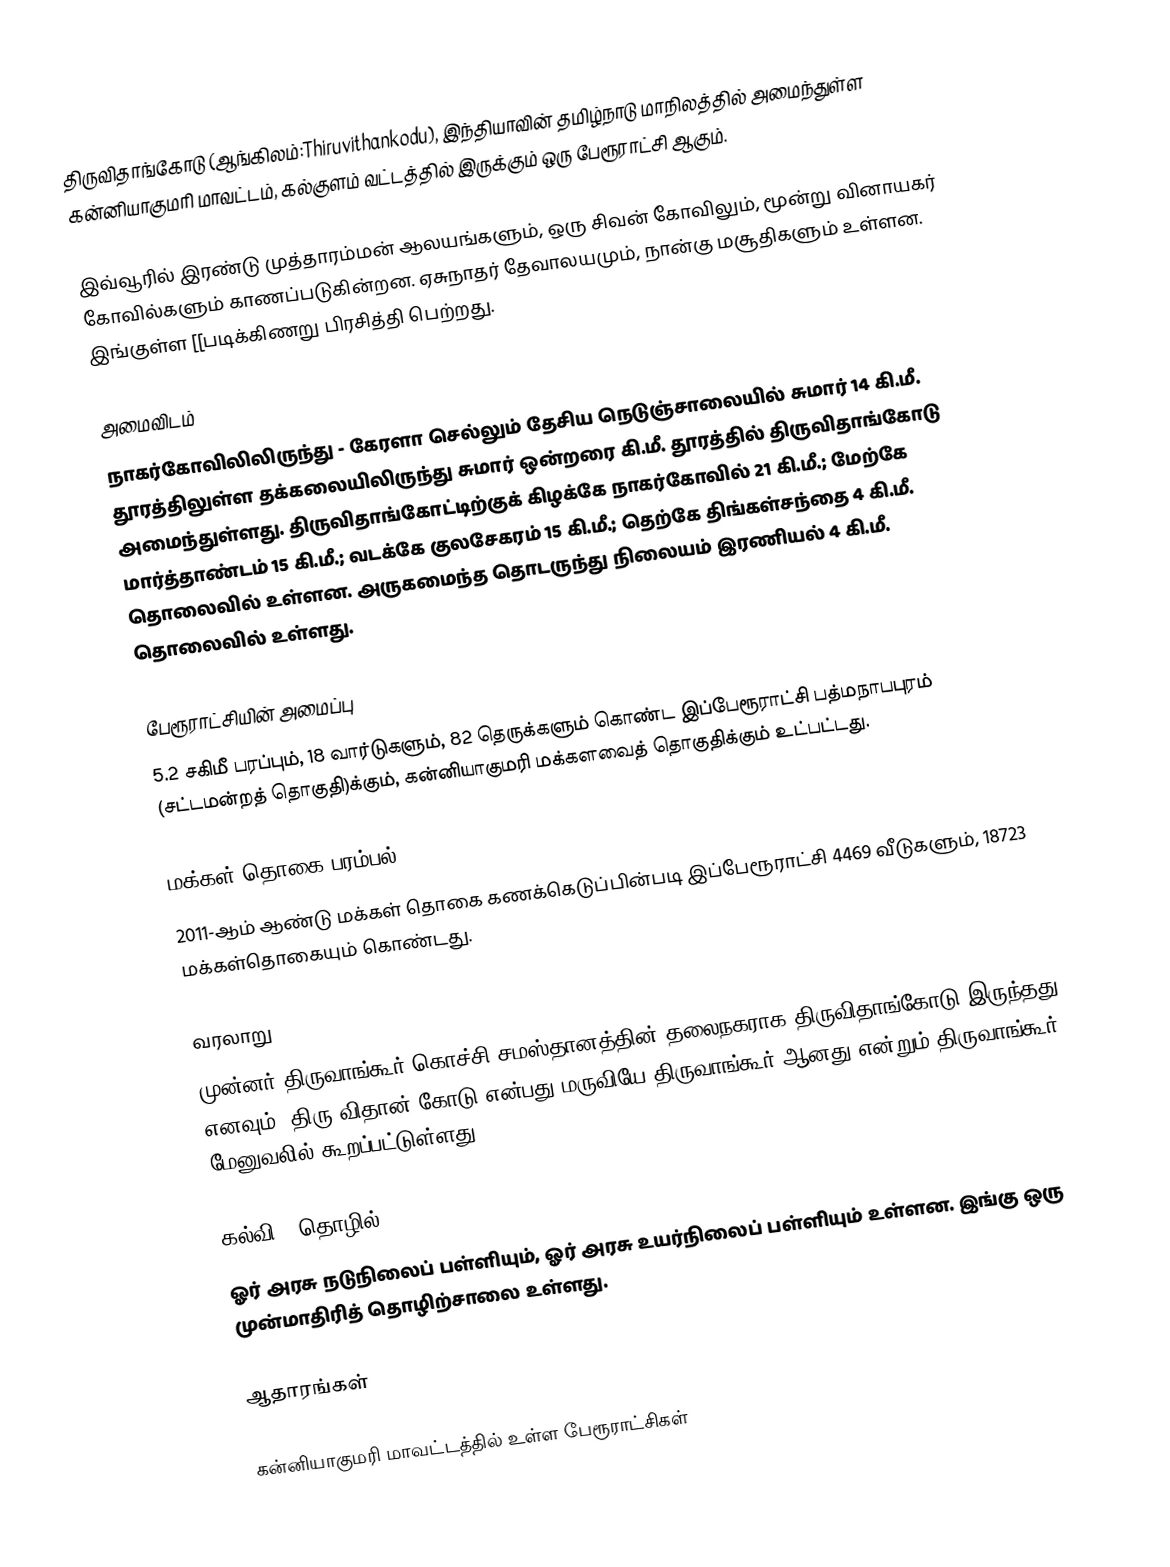
திருவிதாங்கோடு (ஆங்கிலம்:Thiruvithankodu), இந்தியாவின் தமிழ்நாடு மாநிலத்தில் அமைந்துள்ள கன்னியாகுமரி மாவட்டம், கல்குளம் வட்டத்தில் இருக்கும் ஒரு பேரூராட்சி ஆகும்.

இவ்வூரில் இரண்டு முத்தாரம்மன் ஆலயங்களும், ஒரு சிவன் கோவிலும், மூன்று வினாயகர் கோவில்களும் காணப்படுகின்றன. ஏசுநாதர் தேவாலயமும், நான்கு மசூதிகளும் உள்ளன. இங்குள்ள [[படிக்கிணறு பிரசித்தி பெற்றது.

அமைவிடம்
நாகர்கோவிலிலிருந்து - கேரளா செல்லும் தேசிய நெடுஞ்சாலையில் சுமார் 14 கி.மீ. தூரத்திலுள்ள தக்கலையிலிருந்து சுமார் ஒன்றரை கி.மீ. தூரத்தில் திருவிதாங்கோடு அமைந்துள்ளது. திருவிதாங்கோட்டிற்குக் கிழக்கே நாகர்கோவில் 21 கி.மீ.; மேற்கே மார்த்தாண்டம் 15 கி.மீ.; வடக்கே குலசேகரம் 15 கி.மீ.; தெற்கே திங்கள்சந்தை 4 கி.மீ. தொலைவில் உள்ளன. அருகமைந்த தொடருந்து நிலையம் இரணியல் 4 கி.மீ. தொலைவில் உள்ளது.

பேரூராட்சியின் அமைப்பு
5.2 சகிமீ பரப்பும், 18 வார்டுகளும், 82 தெருக்களும் கொண்ட இப்பேரூராட்சி  பத்மநாபபுரம் (சட்டமன்றத் தொகுதி)க்கும், கன்னியாகுமரி மக்களவைத் தொகுதிக்கும் உட்பட்டது.

மக்கள் தொகை பரம்பல்
2011-ஆம் ஆண்டு மக்கள் தொகை கணக்கெடுப்பின்படி  இப்பேரூராட்சி                                    4469 வீடுகளும்,  18723  மக்கள்தொகையும் கொண்டது.

வரலாறு
முன்னர் திருவாங்கூர்-கொச்சி  சமஸ்தானத்தின் தலைநகராக திருவிதாங்கோடு இருந்தது எனவும், திரு-விதான்-கோடு என்பது மருவியே திருவாங்கூர் ஆனது என்றும் திருவாங்கூர் மேனுவலில் கூறப்பட்டுள்ளது.

கல்வி & தொழில்
ஓர் அரசு நடுநிலைப் பள்ளியும், ஓர் அரசு உயர்நிலைப் பள்ளியும் உள்ளன. இங்கு ஒரு முன்மாதிரித் தொழிற்சாலை உள்ளது.

ஆதாரங்கள்

கன்னியாகுமரி மாவட்டத்தில் உள்ள பேரூராட்சிகள்